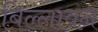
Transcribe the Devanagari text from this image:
बिल्लावन